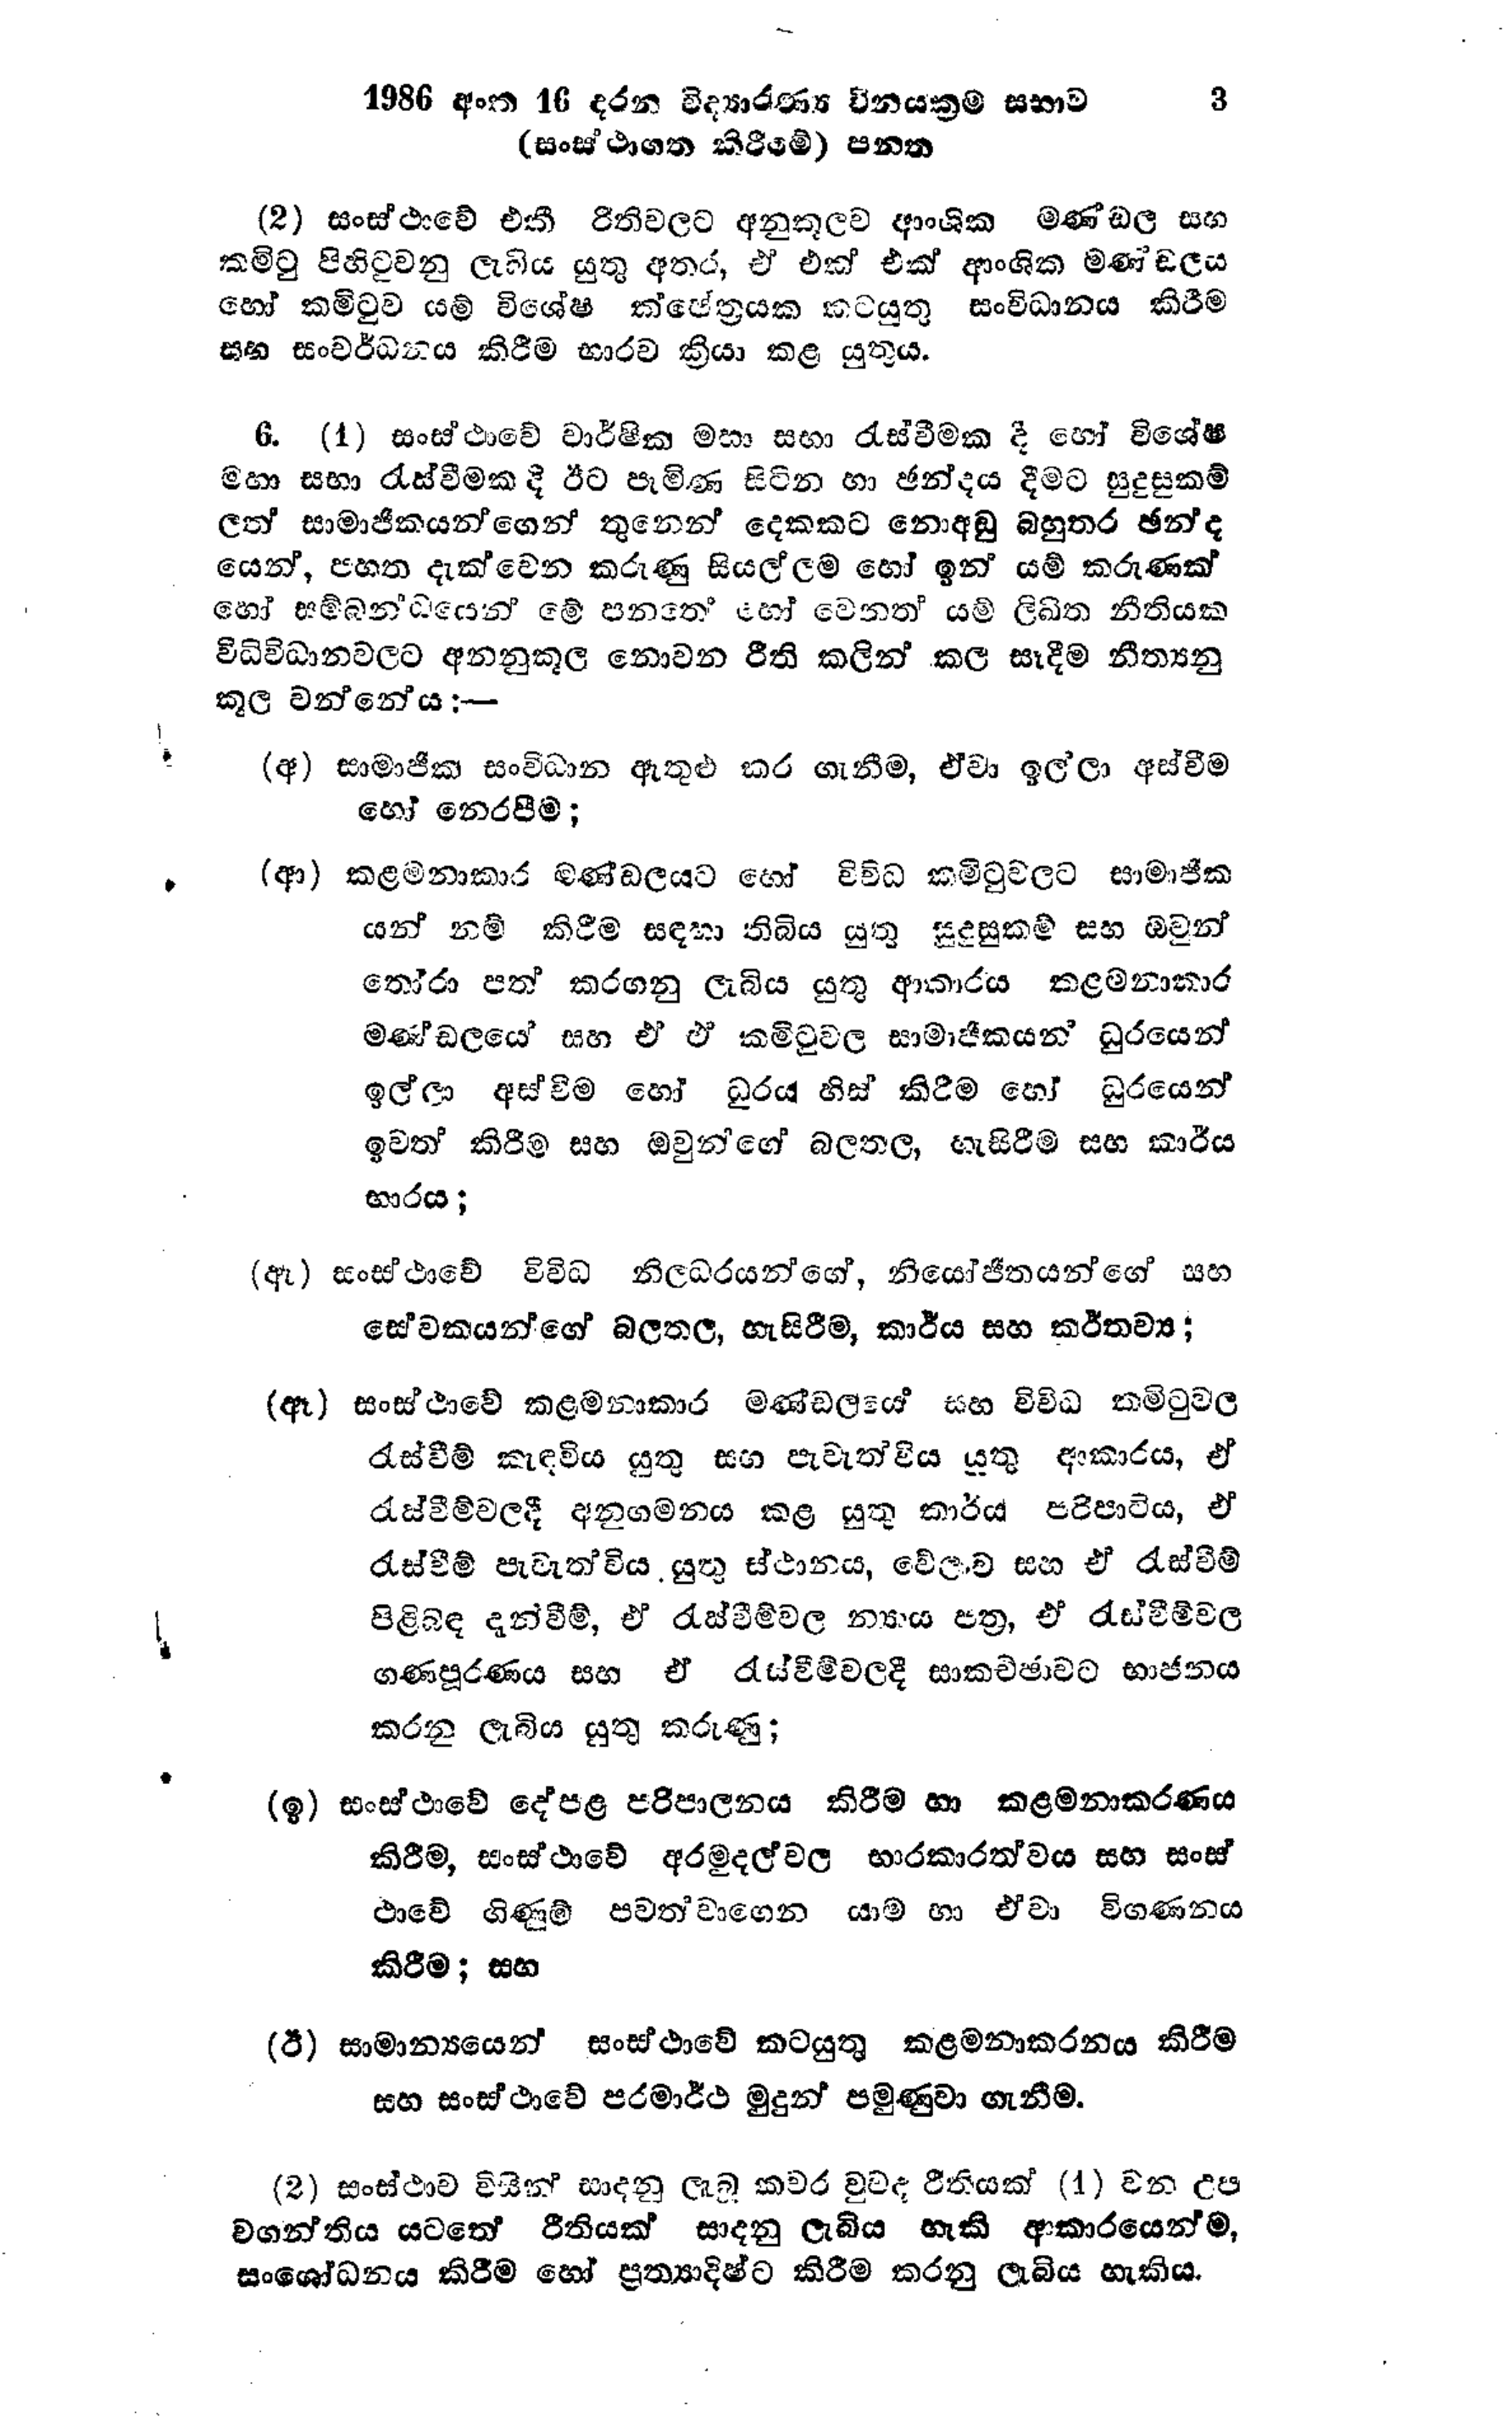
1986 අංක 16 දරන විද්‍යාරණ්‍ය විනයක්‍රම සභාව   3
(සංස්ථාගත කිරීමේ) පනත

(2) සංස්ථාවේ එකී රිතිවලට අනුකූලව ආංශික මණ්ඩල සහ
කමිටු පිහිටුවනු ලැබිය යුතු අතර, ඒ එක් එක් ආංශික මණ්ඩලය
හෝ කමිටුව යම් විශේෂ ක්ෂේත්‍රයක කටයුතු සංවිධානය කිරීම
සහ සංවර්ධනය කිරීම භාරව ක්‍රියා කළ යුතුය.

6. (1) සංස්ථාවේ වාර්ෂික මහා සභා රැස්වීමක දී හෝ විශේෂ
මහා සභා රැස්වීමක දී ඊට පැමිණ සිටින හා ඡන්දය දීමට සුදුසුකම්
ලත් සාමාජිකයන්ගෙන් තුනෙන් දෙකකට නොඅඩු බහුතර ඡන්ද
යෙන්, පහත දැක්වෙන කරුණු සියල්ලම හෝ ඉන් යම් කරුණක්
හෝ සම්බන්ධයෙන් මේ පනතේ හෝ වෙනත් යම් ලිඛිත නීතියක
විධිවිධානවලට අනනුකූල නොවන රීති කලින් කල සෑදීම නීත්‍යනු
කූල වන්නේය:-

(අ) සාමාජික සංවිධාන ඇතුළු කර ගැනීම, ඒවා ඉල්ලා අස්වීම
හෝ නෙරපීම;

(ආ) කළමනාකාර මණ්ඩලයට හෝ විවිධ කමිටුවලට සාමාජික
යන් නම් කිරීම සඳහා තිබිය යුතු සුදුසුකම් සහ ඔවුන්
තෝරා පත් කරගනු ලැබිය යුතු ආකාරය කළමනාකාර
මණ්ඩලයේ සහ ඒ ඒ කමිටුවල සාමාජිකයන් ධුරයෙන්
ඉල්ලා අස්වීම හෝ ධුරය හිස් කිරීම හෝ ධුරයෙන්
ඉවත් කිරීම සහ ඔවුන්ගේ බලතල, හැසිරීම සහ කාර්ය
භාරය;

(ඇ) සංස්ථාවේ විවිධ නිලධරයන්ගේ, නියෝජිතයන්ගේ සහ
සේවකයන්ගේ බලතල, හැසිරීම, කාර්ය සහ කර්තව්‍ය;

(ඈ) සංස්ථාවේ කළමනාකාර මණ්ඩලයේ සහ විවිධ කමිටුවල
රැස්වීම් කැඳවිය යුතු සහ පැවැත්විය යුතු ආකාරය, ඒ
රැස්වීම්වලදී අනුගමනය කළ යුතු කාර්ය පරිපාටිය, ඒ
රැස්වීම් පැවැත්විය යුතු ස්ථානය, වේලාව සහ ඒ රැස්වීම්
පිළිබඳ දැන්වීම්, ඒ රැස්වීම්වල න්‍යාය පත්‍ර, ඒ රැස්වීම්වල
ගණපූරණය සහ ඒ රැස්වීම්වලදී සාකච්ඡාවට භාජනය
කරනු ලැබිය යුතු කරුණු;

(ඉ) සංස්ථාවේ දේපළ පරිපාලනය කිරීම හා කළමනාකරණය
කිරීම, සංස්ථාවේ අරමුදල්වල භාරකාරත්වය සහ සංස්
ථාවේ ගිණුම් පවත්වාගෙන යාම හා ඒවා විගණනය
කිරීම; සහ

(ඊ) සාමාන්‍යයෙන් සංසථාවේ කටයුතු කළමනාකරනය කිරීම
සහ සංස්ථාවේ පරමාර්ථ මුදුන් පමුණුවා ගැනීම.

(2) සංස්ථාව විසින් සාදනු ලැබූ කවර වුවද රීතියක් (1) වන උප
වගන්තිය යටතේ රීතියක් සාදනු ලැබිය හැකි ආකාරයෙන්ම,
සංශෝධනය කිරීම හෝ ප්‍රත්‍යාදිෂ්ට කිරීම කරනු ලැබිය හැකිය.